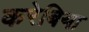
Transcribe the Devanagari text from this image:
करेबिया